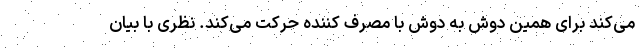
می‌کند برای همین دوش به دوش با مصرف کننده حرکت می‌کند. نظری با بیان